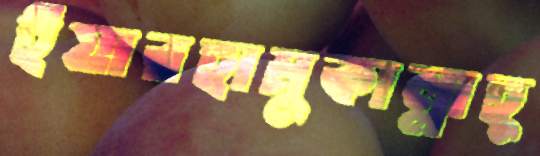
ইয়ারহামুকাল্লাহু